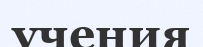
учения